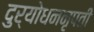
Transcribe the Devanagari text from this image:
दुर्योधननृपती